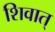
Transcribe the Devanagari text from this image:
शिवात्